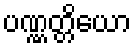
ပဏ္ဏတ္တိယော